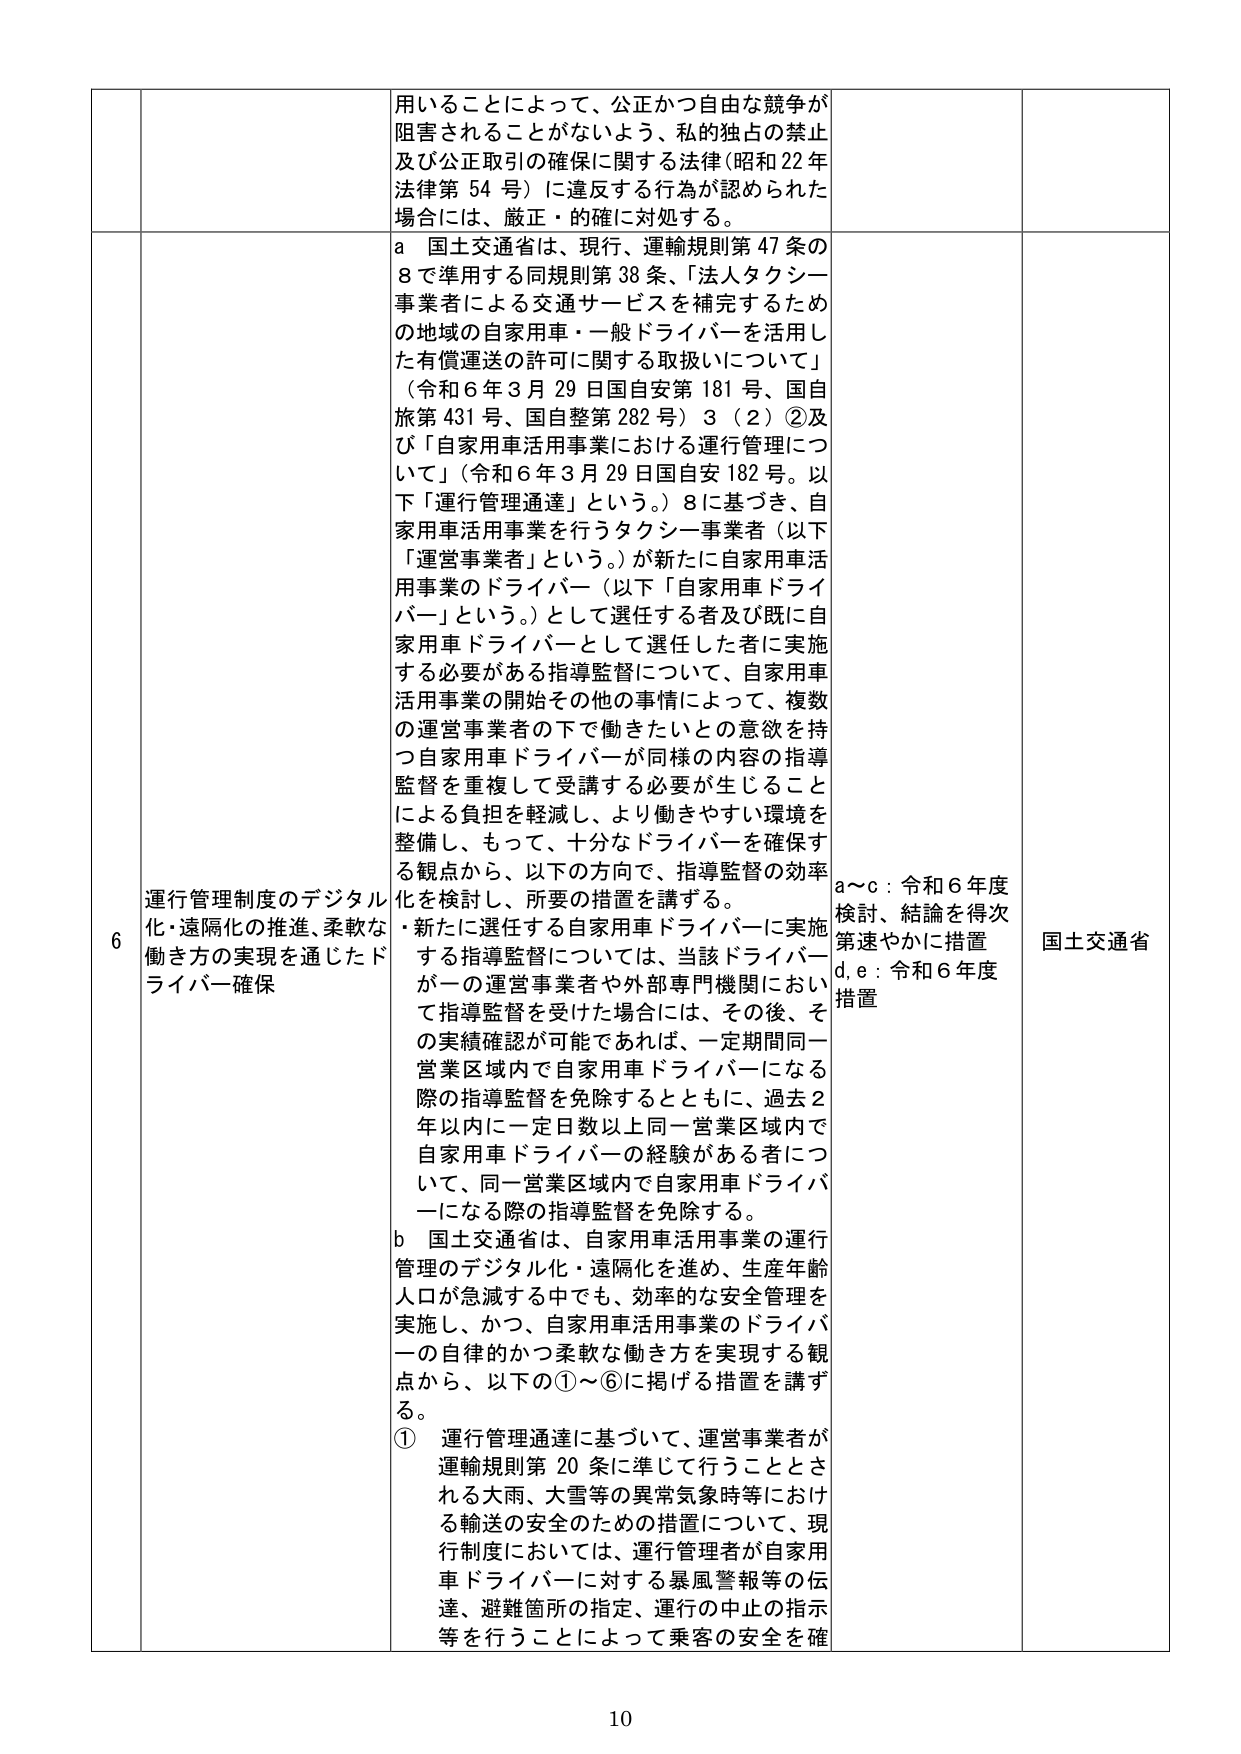
用いることによって、公正かつ自由な競争が
阻害されることがないよう、私的独占の禁止
及び公正取引の確保に関する法律（昭和22年
法律第54号）に違反する行為が認められた
場合には、厳正・的確に対処する。

6 運行管理制度のデジタル化・遠隔化の推進、柔軟な
働き方の実現を通じたドライバー確保

a 国土交通省は、現行、運輸規則第47条の
8で準用する同規則第38条、「法人タクシー
事業者による交通サービスを補完するため
の地域の自家用車・一般ドライバーを活用し
た有償運送の許可に関する取扱いについて」
（令和6年3月29日国自安第181号、国自
旅第431号、国自整第282号）3（2）②及
び「自家用車活用事業における運行管理につ
いて」（令和6年3月29日国自安182号。以
下「運行管理通達」という。）8に基づき、自
家用車活用事業を行うタクシー事業者（以下
「運営事業者」という。）が新たに自家用車活
用事業のドライバー（以下「自家用車ドライ
バー」という。）として選任する者及び既に自
家用車ドライバーとして選任した者に実施
する必要がある指導監督について、自家用車
活用事業の開始その他の事情によって、複数
の運営事業者の下で働きたいとの意欲を持
つ自家用車ドライバーが同様の内容の指導
監督を重複して受講する必要が生じること
による負担を軽減し、より働きやすい環境を
整備し、もって、十分なドライバーを確保す
る観点から、以下の方針で、指導監督の効率
化を検討し、所要の措置を講ずる。
・新たに選任する自家用車ドライバーに実施
する指導監督については、当該ドライバー
が一の運営事業者や外部専門機関において
指導監督を受けた場合には、その後、そ
の実績確認が可能であれば、一定期間同一
営業区域内で自家用車ドライバーになる
際の指導監督を免除するとともに、過去2
年以内に一定日数以上同一営業区域内で
自家用車ドライバーの経験がある者につ
いて、同一営業区域内で自家用車ドライバ
ーになる際の指導監督を免除する。

b 国土交通省は、自家用車活用事業の運行
管理のデジタル化・遠隔化を進め、生産年齢
人口が急減する中でも、効率的な安全管理を
実施し、かつ、自家用車活用事業のドライバ
ーの自律的かつ柔軟な働き方を実現する観
点から、以下の①～⑥に掲げる措置を講ず
る。
① 運行管理通達に基づいて、運営事業者が
運輸規則第20条に準じて行うこととさ
れる大雨、大雪等の異常気象時等におけ
る輸送の安全のための措置について、現
行制度においては、運行管理者が自家用
車ドライバーに対する暴風警報等の伝
達、避難箇所の指定、運行の中止の指示
等を行うことによって乗客の安全を確

a～c：令和6年度
検討、結論を得次
第速やかに措置
d,e：令和6年度
措置

国土交通省

10